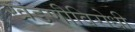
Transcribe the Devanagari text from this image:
खंडणीविरोधी